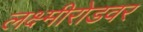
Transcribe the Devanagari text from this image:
लक्ष्मीरोडवर